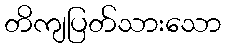
တိကျပြတ်သားသော